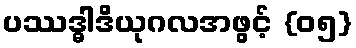
ပဿဒ္ဓါဒိယုဂလအဖွင့် {၀၅}